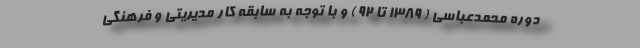
دوره محمدعباسی ( ۱۳۸۹ تا ۹۲ ) و با توجه به سابقه کار مدیریتی و فرهنگی